Report of the Municipal Commissioner on the plague in Bombay for the year ending 31st May... - Volume 3
Disease focus: Plague
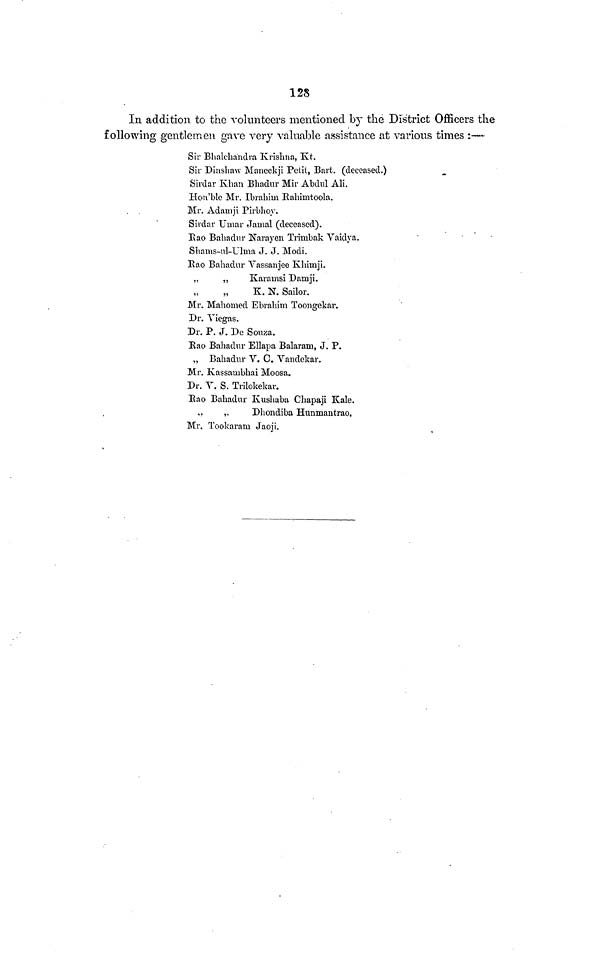
128
In addition to the volunteers mentioned by the District Officers the
following gentlemen gave very valuable assistance at various times :—
Sir Bhalcbandra Krishna, Kt.
Sir Dinshaw Maneckji Petit, Bart, (deceased.)
Sirdar Khan Bhadur Mir Abdul Ali.
Hon'blc Mr. Ibrahim Rahimtoola.
. ,
Mr. Adamji Pirbhoy.
Sirdar Umar Jamal (deceased).
Eao Bahadur Harayen Trimbale Vaidya.
Shanis-nl-Ulma J. J. Modi.
Rao Bahadur Vassanjee Khimji.
„
„
Karamsi Damji.
K. N. Sailor.
Mr. Mahomed Ebrahiui Toongekar.
Dr. Yiegas.
Dr. P. J. De Souza.
Rao Balladur Ellapa Balaram, J. P.
„ Bahadur V. C. Vandekar.
Mr. Kassaiubhai Moosa.
Dr. V. S. Trilokekar.
Rao Bahadur Kusliaba Chapaji Kale.
„
,,
Dhondiba Hunmantrao.
Mr, Tookaram Jaoji.